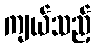
ကျယ်သည့်